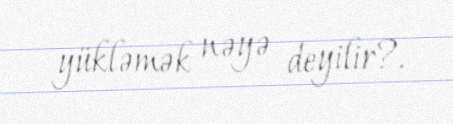
yükləmək nəyə deyilir?.